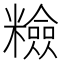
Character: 𥽋